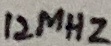
Text: 12MHz